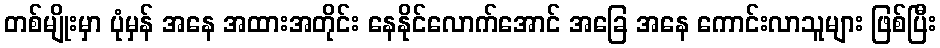
တစ်မျိုးမှာ ပုံမှန် အနေ အထားအတိုင်း နေနိုင်လောက်အောင် အခြေ အနေ ကောင်းလာသူများ ဖြစ်ပြီး